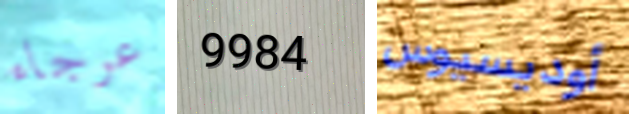
عرجاء 9984 أوديسيوس